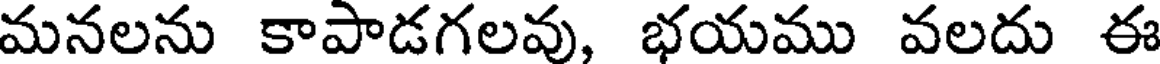
మనలను కాపాడగలవు, భయము వలదు ఈ